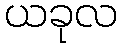
ယခုလ